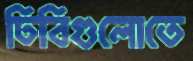
ঢিবিগুলোতে